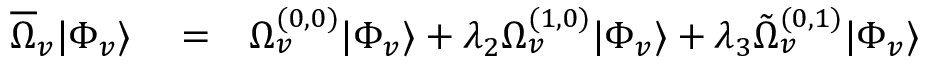
\begin{array} { r l r } { \overline { { \Omega } } _ { v } | \Phi _ { v } \rangle } & { { } = } & { \Omega _ { v } ^ { ( 0 , 0 ) } | \Phi _ { v } \rangle + \lambda _ { 2 } \Omega _ { v } ^ { ( 1 , 0 ) } | \Phi _ { v } \rangle + \lambda _ { 3 } \tilde { \Omega } _ { v } ^ { ( 0 , 1 ) } | \Phi _ { v } \rangle } \end{array}